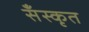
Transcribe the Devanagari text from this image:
सँस्कृत